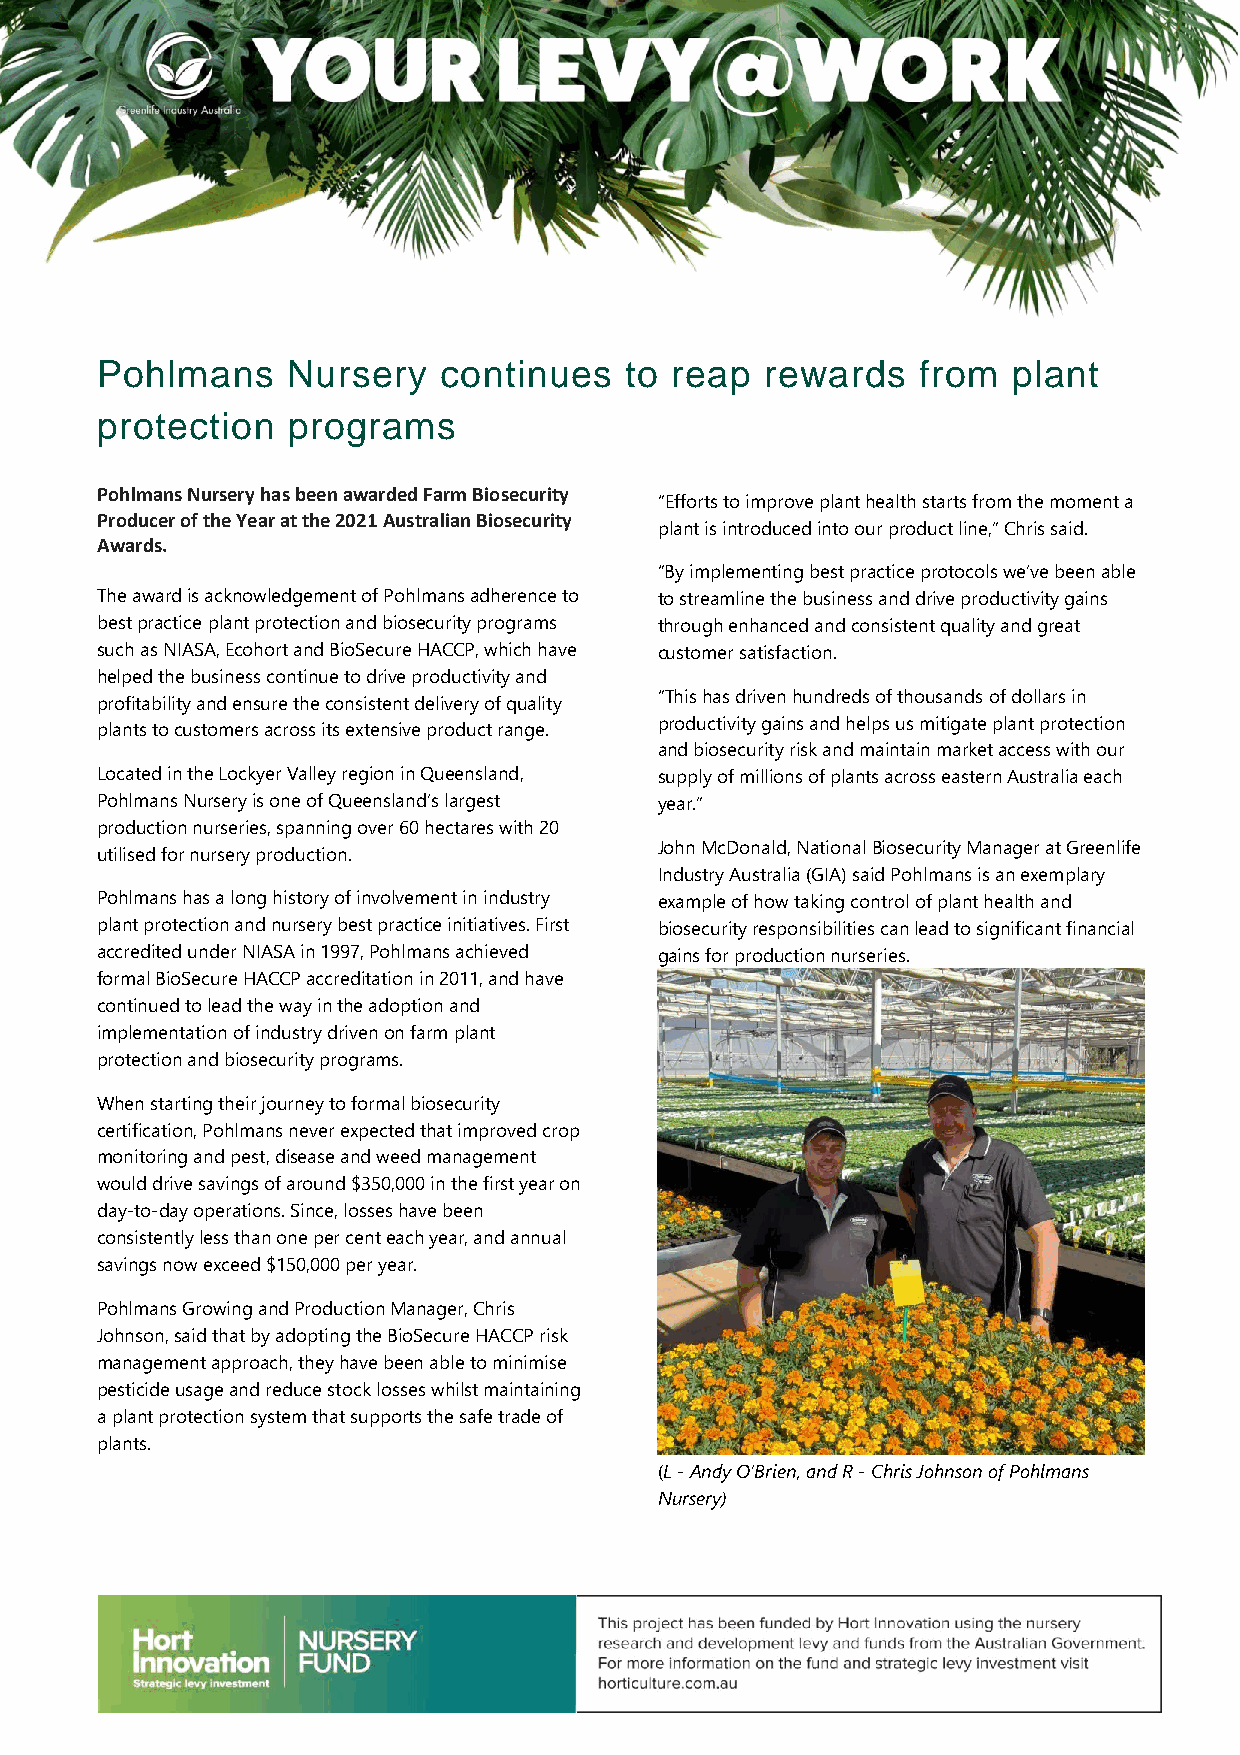
Pohlmans     Nursery   continues   to reap   rewards   from  plant
 protection   programs
 Pohlmans Nursery has been awarded Farm Biosecurity
 “Efforts to improve plant health starts from the moment a
 Producer of the Year at the 2021 Australian Biosecurity
 plant is introduced into our product line,” Chris said.
 Awards.
 “By implementing best practice protocols we’ve been able
 The award is acknowledgement of Pohlmans adherence to to streamline the business and drive productivity gains
 best practice plant protection and biosecurity programs through enhanced and consistent quality and great
 such as NIASA, Ecohort and BioSecure HACCP, which have customer satisfaction.
 helped the business continue to drive productivity and
 “This has driven hundreds of thousands of dollars in
 profitability and ensure the consistent delivery of quality
 productivity gains and helps us mitigate plant protection
 plants to customers across its extensive product range.
 and biosecurity risk and maintain market access with our
 Located in the Lockyer Valley region in Queensland, supply of millions of plants across eastern Australia each
 Pohlmans Nursery is one of Queensland’s largest year.”
 production nurseries, spanning over 60 hectares with 20
 John McDonald, National Biosecurity Manager at Greenlife
 utilised for nursery production.
 Industry Australia (GIA) said Pohlmans is an exemplary
 Pohlmans has a long history of involvement in industry example of how taking control of plant health and
 plant protection and nursery best practice initiatives. First biosecurity responsibilities can lead to significant financial
 accredited under NIASA in 1997, Pohlmans achieved gains for production nurseries.
 formal BioSecure HACCP accreditation in 2011, and have
 continued to lead the way in the adoption and
 implementation of industry driven on farm plant
 protection and biosecurity programs.
 When starting their journey to formal biosecurity
 certification, Pohlmans never expected that improved crop
 monitoring and pest, disease and weed management
 would drive savings of around $350,000 in the first year on
 day-to-day operations. Since, losses have been
 consistently less than one per cent each year, and annual
 savings now exceed $150,000 per year.
 Pohlmans Growing and Production Manager, Chris
 Johnson, said that by adopting the BioSecure HACCP risk
 management approach, they have been able to minimise
 pesticide usage and reduce stock losses whilst maintaining
 a plant protection system that supports the safe trade of
 plants.
 (L - Andy O’Brien, and R - Chris Johnson of Pohlmans
 Nursery)